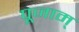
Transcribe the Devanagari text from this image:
पूजाम्